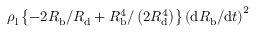
\rho _ { \mathrm { l } } \left\{ - 2 R _ { \mathrm { b } } / R _ { \mathrm { d } } + R _ { \mathrm { b } } ^ { 4 } / \left( 2 R _ { \mathrm { d } } ^ { 4 } \right) \right\} \left( \mathrm { d } R _ { \mathrm { b } } / \mathrm { d } t \right) ^ { 2 }